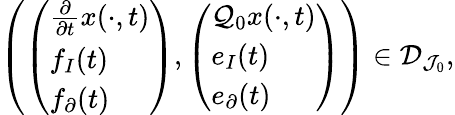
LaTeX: \begin{array}{r}{\left(\left(\begin{array}{l}{\frac{\partial}{\partial t}x(\cdot,t)}\\ {f_{I}(t)}\\ {f_{\partial}(t)}\end{array}\right),\left(\begin{array}{l}{\mathcal{Q}_{0}x(\cdot,t)}\\ {e_{I}(t)}\\ {e_{\partial}(t)}\end{array}\right)\right)\in\mathcal{D}_{\mathcal{J}_{0}},}\end{array}